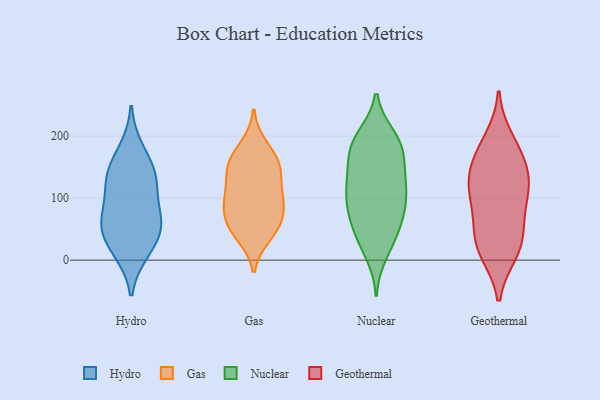
{"axis": {"x": "Conversion Rate (%)", "y": "Value"}, "legend": ["Gas", "Geothermal", "Hydro", "Nuclear"], "data": [{"x": "", "y": 136, "type": "Hydro"}, {"x": "", "y": 53, "type": "Hydro"}, {"x": "", "y": 141, "type": "Hydro"}, {"x": "", "y": 66, "type": "Hydro"}, {"x": "", "y": 61, "type": "Hydro"}, {"x": "", "y": 20, "type": "Hydro"}, {"x": "", "y": 14, "type": "Hydro"}, {"x": "", "y": 107, "type": "Hydro"}, {"x": "", "y": 133, "type": "Hydro"}, {"x": "", "y": 178, "type": "Hydro"}, {"x": "", "y": 59, "type": "Hydro"}, {"x": "", "y": 40, "type": "Gas"}, {"x": "", "y": 96, "type": "Gas"}, {"x": "", "y": 53, "type": "Gas"}, {"x": "", "y": 154, "type": "Gas"}, {"x": "", "y": 128, "type": "Gas"}, {"x": "", "y": 92, "type": "Gas"}, {"x": "", "y": 153, "type": "Gas"}, {"x": "", "y": 164, "type": "Gas"}, {"x": "", "y": 97, "type": "Gas"}, {"x": "", "y": 88, "type": "Gas"}, {"x": "", "y": 142, "type": "Gas"}, {"x": "", "y": 49, "type": "Gas"}, {"x": "", "y": 63, "type": "Gas"}, {"x": "", "y": 184, "type": "Gas"}, {"x": "", "y": 33, "type": "Nuclear"}, {"x": "", "y": 84, "type": "Nuclear"}, {"x": "", "y": 90, "type": "Nuclear"}, {"x": "", "y": 72, "type": "Nuclear"}, {"x": "", "y": 11, "type": "Nuclear"}, {"x": "", "y": 108, "type": "Nuclear"}, {"x": "", "y": 76, "type": "Nuclear"}, {"x": "", "y": 171, "type": "Nuclear"}, {"x": "", "y": 107, "type": "Nuclear"}, {"x": "", "y": 184, "type": "Nuclear"}, {"x": "", "y": 193, "type": "Nuclear"}, {"x": "", "y": 178, "type": "Nuclear"}, {"x": "", "y": 145, "type": "Nuclear"}, {"x": "", "y": 133, "type": "Nuclear"}, {"x": "", "y": 44, "type": "Nuclear"}, {"x": "", "y": 199, "type": "Nuclear"}, {"x": "", "y": 40, "type": "Nuclear"}, {"x": "", "y": 138, "type": "Nuclear"}, {"x": "", "y": 117, "type": "Nuclear"}, {"x": "", "y": 192, "type": "Nuclear"}, {"x": "", "y": 168, "type": "Geothermal"}, {"x": "", "y": 39, "type": "Geothermal"}, {"x": "", "y": 94, "type": "Geothermal"}, {"x": "", "y": 194, "type": "Geothermal"}, {"x": "", "y": 134, "type": "Geothermal"}, {"x": "", "y": 170, "type": "Geothermal"}, {"x": "", "y": 13, "type": "Geothermal"}, {"x": "", "y": 133, "type": "Geothermal"}, {"x": "", "y": 108, "type": "Geothermal"}, {"x": "", "y": 121, "type": "Geothermal"}, {"x": "", "y": 17, "type": "Geothermal"}, {"x": "", "y": 70, "type": "Geothermal"}, {"x": "", "y": 29, "type": "Geothermal"}]}